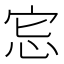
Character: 𢘯